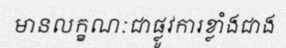
មានលក្ខណៈជាផ្លូវការខ្លាំងជាង